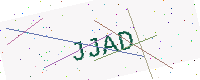
Text: JJAD